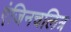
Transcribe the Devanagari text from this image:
एंजिनचलित्र